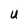
Character: U